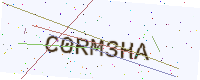
Text: C0RM3HA